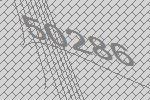
50286